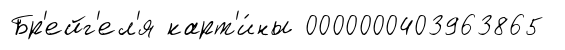
Бр'ейг'ел'я карт'и́ны 0000000403963865